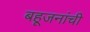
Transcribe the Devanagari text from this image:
बहूजनांची